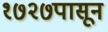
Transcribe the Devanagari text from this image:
१७२७पासून